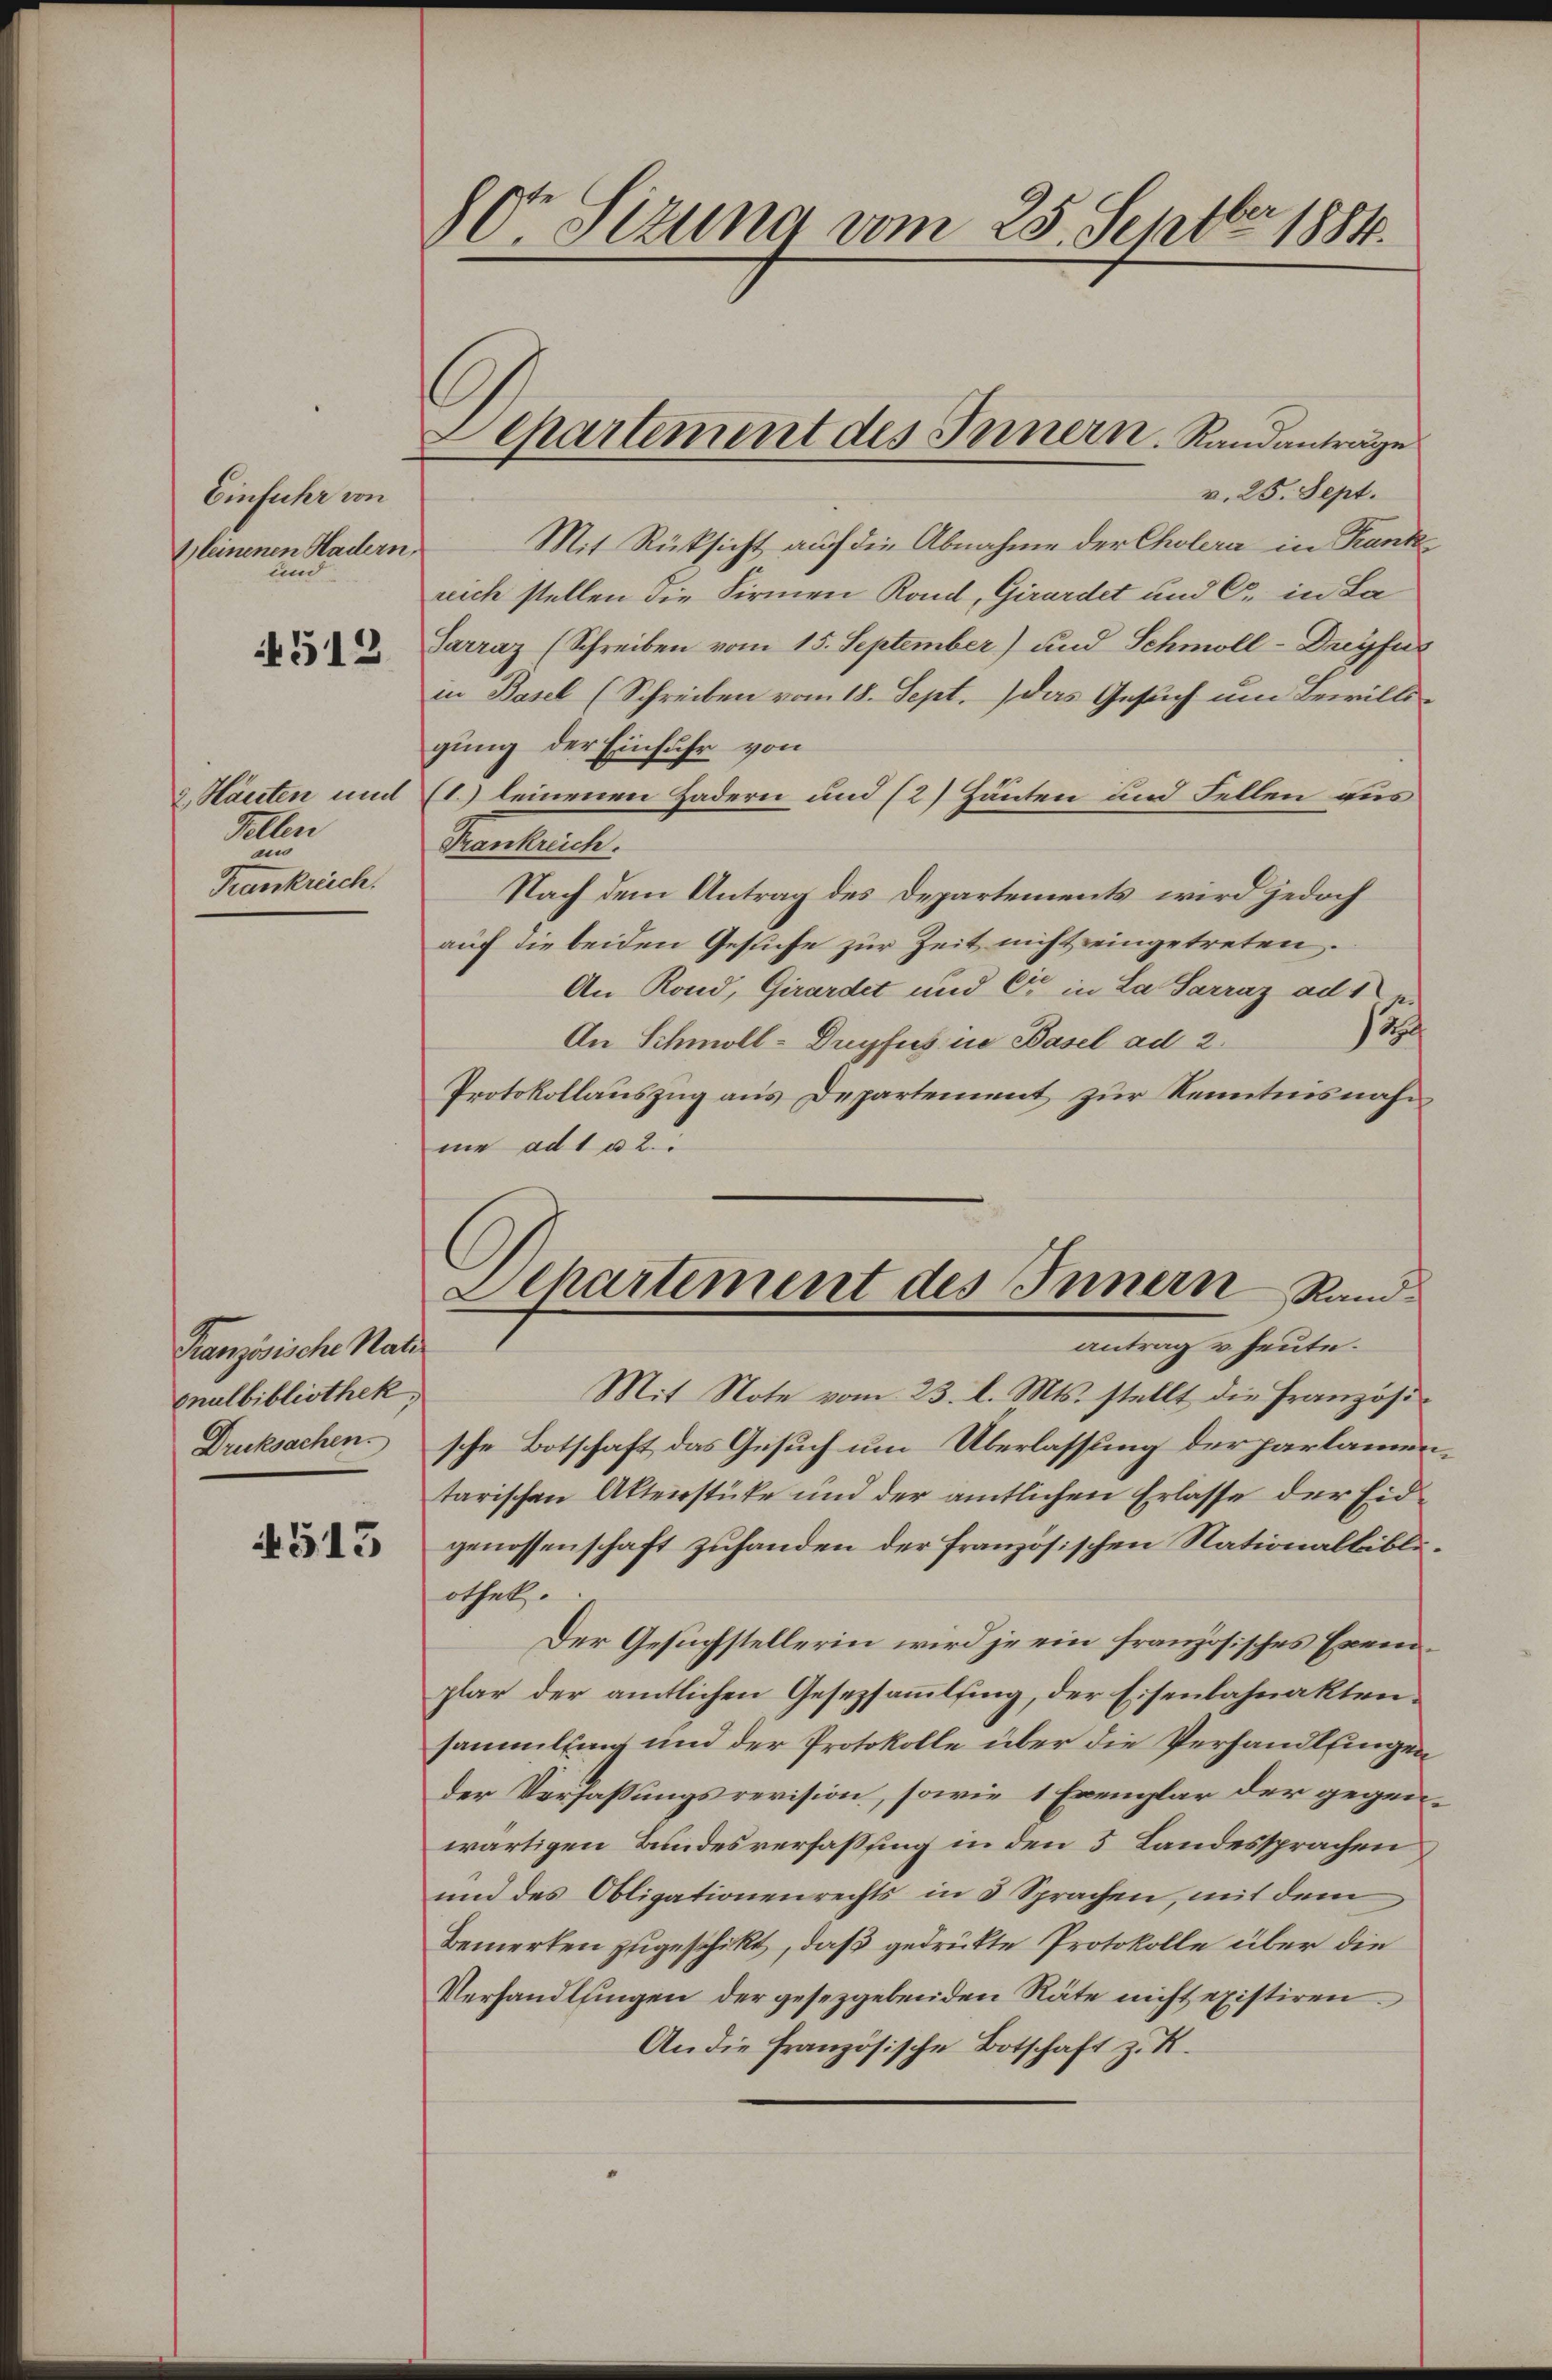
Einfuhr von
1leinenen Hadern,
und

512

1 Hauten und
Fellen
renkreich

Französische Mater
onulbibliothek,
Druksachen.

4513

90r Sizung vom 25. Septbr. 1884.

Lepartement des Innern. Randanträge

v. 25. Sept.
Mit Rücksicht auf die Abnahme der Cholera in Krank
reich stellen die Firmen Rond, Girardet und C. in La¬
Sarraz (Schreiben vom 15. September) und Schmoll-Dreyfer
in Basel (Schreiben vom 18. Sept. das Gesuch um Bewills
gung der Einfuhr von
1.) leinenen Hadern und (2) Häuten und Fellen aus
Prenteile.
Nach dem Antrag des Departements wird jedoch
auf die beiden Gesuche zur Zeit nicht eingetreten.
An Kond, Girardet und Er in La Sarraz ad 1.
2
An Schmoll-Duyfus in Basel ad 2.
Protokollauszug aus Departement zur Kenntnisnahme ad 1 u 2.
Mit Note vom 23. l. Mts. stellt die Französische Botschaft das Gesuch um Überlassung der parlammtarischen Aktenstüke und der amtlichen Erlasse der Eidgenossenschaft zuhanden der französischen Nationalbibl.
othek.
Der Gesuchstellerin wird je ein französisches Exem
plar der amtlichen Gesetzsammling, der Eisenbahnaktensammlung und der Protokolle über die Verhandlungen
Der Verfassungsrevision, sowie 1 Exemplar der gegenwärtigen Bundesverfassung in den 5 Landessprachen
und des Obligationenrechts in 5 Sprachen, mit dem
Bemerken zugeschikt, daß gedrükte Protokolle über die
Verhandlungen der gesetzgebenden Räte nicht existiren.
An die französische Botschaft z. R.

Departement des Innern Rand
antrag u. heute.